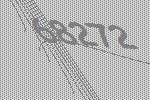
68272